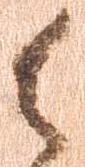
御